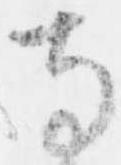
寺